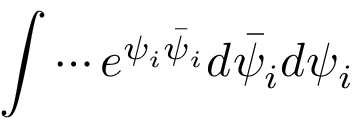
\int \cdots e ^ { \psi _ { i } \bar { \psi } _ { i } } d \bar { \psi } _ { i } d \psi _ { i }